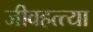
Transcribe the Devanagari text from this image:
जीवहत्त्या